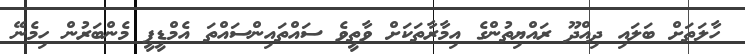
ހާލަތަށް ބަލައި ދިއްދޫ ރައްޔިތުންގެ އިމާރާތަކަށް ވާތީވެ ސައްތައިންސައްތަ އެމްޑީޕީ މެންބަރުން ހިމެނޭ